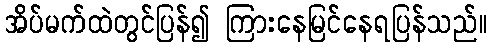
အိပ်မက်ထဲတွင်ပြန်၍ ကြားနေမြင်နေရပြန်သည်။